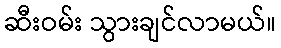
ဆီးဝမ်း သွားချင်လာမယ်။